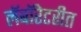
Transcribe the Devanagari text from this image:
लॅबॉरेटरीत